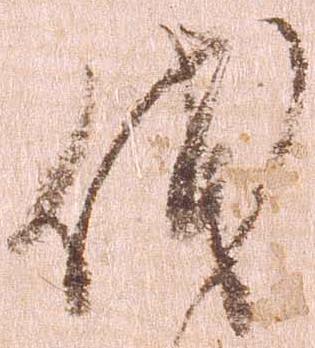
伐